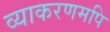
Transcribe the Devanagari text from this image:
व्याकरणमपि